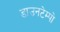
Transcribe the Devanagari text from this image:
डाउनटेम्पो